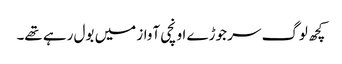
کچھ لوگ سر جوڑے اونچی آواز میں بول رہے تھے۔